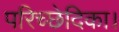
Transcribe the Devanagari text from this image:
परिच्छेदिका।